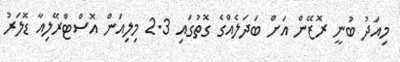
މިއަދު ބުނީ ރޮޒޭން އަށް ބަދަލެއްގެ ގޮތުގައި 2.3 މިލިއަން އޮސްޓްރޭލިއާ ޑޮލަރު